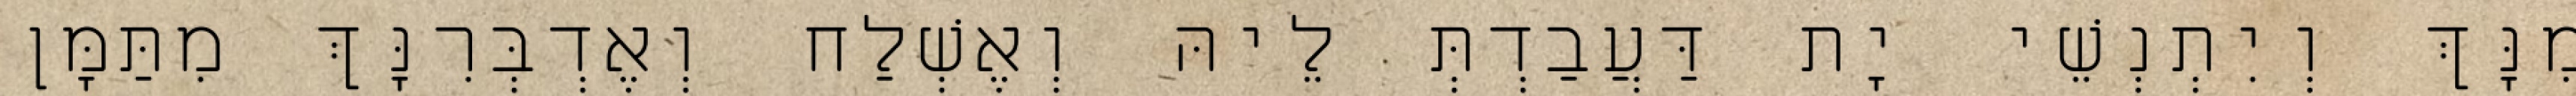
מִנָּךְ וְיִתְנְשֵׁי יָת דַּעֲבַדְתְּ לֵיהּ וְאֶשְׁלַח וְאֶדְבְּרִנָּךְ מִתַּמָּן